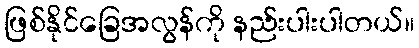
ဖြစ်နိုင်ခြေအလွန်ကို နည်းပါးပါတယ်။